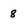
Character: 8